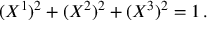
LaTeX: ( X ^ { 1 } ) ^ { 2 } + ( X ^ { 2 } ) ^ { 2 } + ( X ^ { 3 } ) ^ { 2 } = 1 \, .